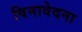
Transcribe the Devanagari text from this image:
विनावेदना